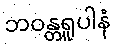
ဘဝန္တရူပါနံ